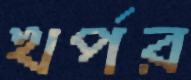
খর্পর